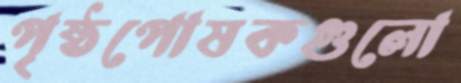
পৃষ্ঠপোষকগুলো